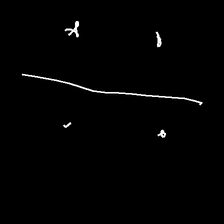
Glyph: cool